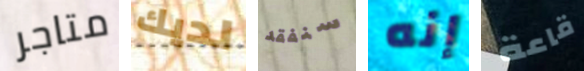
متاجر لديك سنفقد إنه قاعة